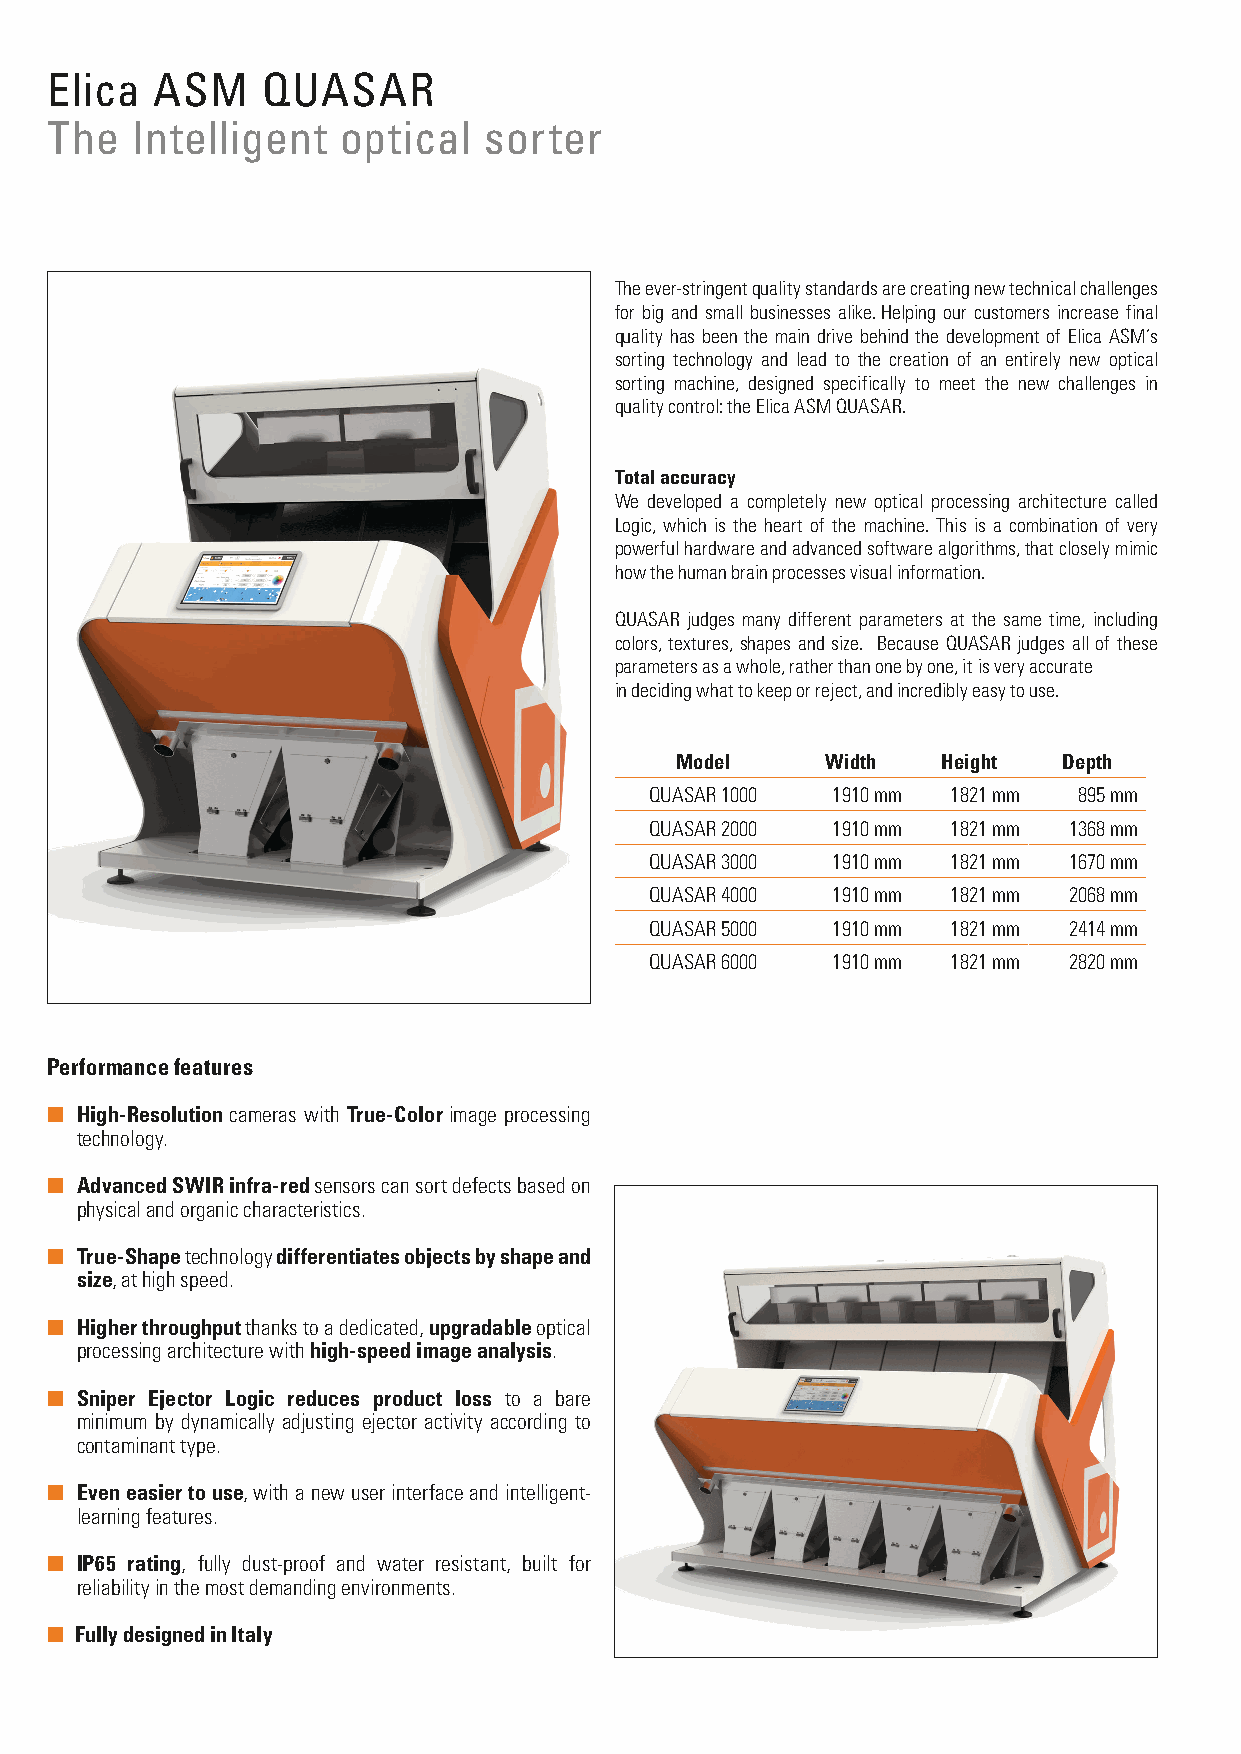
Elica  ASM    QUASAR
 The   Intelligent  optical   sorter                                                                                       Examples
 The ever-stringent quality standards are creating new technical challenges Simplified user interface
 for big and small businesses alike. Helping our customers increase final
 quality has been the main drive behind the development of Elica ASM’s
 sorting technology and lead to the creation of an entirely new optical
 sorting machine, designed specifically to meet the new challenges in
 quality control: the Elica ASM QUASAR.
 Total accuracy
 We developed a completely new optical processing architecture called
 Logic, which is the heart of the machine. This is a combination of very
 powerful hardware and advanced software algorithms, that closely mimic
 how the human brain processes visual information.
 QUASAR judges many different parameters at the same time, including
 colors, textures, shapes and size. Because QUASAR judges all of these
 parameters as a whole, rather than one by one, it is very accurate
 in deciding what to keep or reject, and incredibly easy to use.
 Model     Width  Height  Depth
 QUASAR 1000 1910 mm 1821 mm 895 mm
 QUASAR 2000 1910 mm 1821 mm 1368 mm
 QUASAR 3000 1910 mm 1821 mm 1670 mm
 QUASAR 4000 1910 mm 1821 mm 2068 mm
 QUASAR 5000 1910 mm 1821 mm 2414 mm
 QUASAR 6000 1910 mm 1821 mm 2820 mm
 Performance features
 Tap to sort: create a sorting program in 5 minutes
 ■ High-Resolution cameras with True-Color image processing                           Thanks to the Intelligent-Learning System, creating a program is as simple
 technology.                                                                        as taking a snapshot of a contaminated product sample.
 The machine takes a picture of the product as it falls, the user can then tap
 ■ Advanced SWIR infra-red sensors can sort defects based on                          with a finger the defects to be removed. QUASAR does the rest,
 physical and organic characteristics.                                              by dynamically creating the correct sorting parameters in order to achieve
 the best sorting results.
 ■ True-Shape technology differentiates objects by shape and
 size, at high speed.
 Higher throughput, increased yield
 ■ Higher throughput thanks to a dedicated, upgradable optical                        QUASAR has the widest chutes on the market, paired with lightning-fast
 processing architecture with high-speed image analysis.                            processing speed and unprecedented ejector accuracy. It can sort even the
 smallest products with minimal false-rejects. Available in models from 1 up
 ■ Sniper Ejector Logic reduces product loss to a bare                                to 6 chutes, to satisfy any production need.
 minimum by dynamically adjusting ejector activity according to
 contaminant type.
 Minimal operational costs
 ■ Even easier to use, with a new user interface and intelligent-                     Quality construction, energy-efficiency, ease of use and incredible
 learning features.                                                                 accuracy: these are the qualities that make QUASAR a leader not only in
 performance, but in cost-effectiveness too.
 ■ IP65 rating, fully dust-proof and water resistant, built for                       QUASAR provides a higher yield, higher throughput and increased up-time
 reliability in the most demanding environments.                                    in a single, reliable sorting solution.
 ■ Fully designed in Italy